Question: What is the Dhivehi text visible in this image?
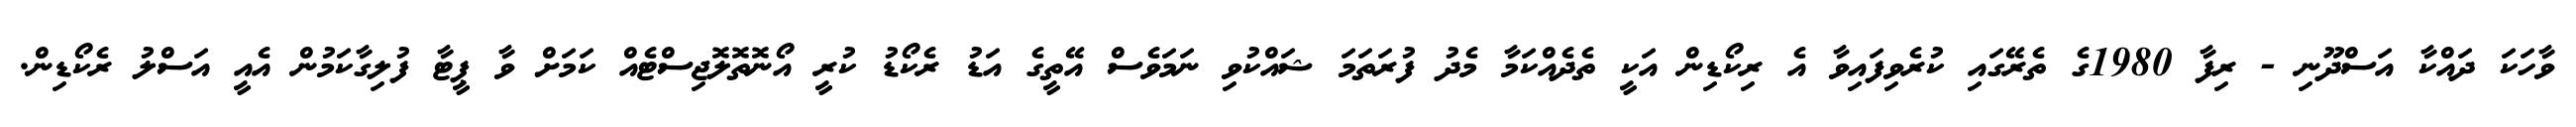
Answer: ވާހަކަ ދައްކާ އަސްދޫނި - ރިފާ 1980ގެ ތެރޭގައި ކުރެވިފައިވާ އެ ރިކޯޑިން އަކީ ތެދެއްކަމާ މެދު ފުރަތަމަ ޝައްކުވި ނަމަވެސް އޭތީގެ އަޑު ރެކޯޑު ކުރީ އޯނޮތޮލޮޖިސްޓެއް ކަމަށް ވާ ޕީޓާ ފުލިގާކަމުން އެއީ އަސްލު ރެކޯޑިން.